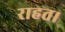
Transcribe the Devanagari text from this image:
राहत।